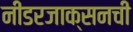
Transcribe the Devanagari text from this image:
नीडरजाक्सनची